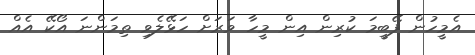
އެމީހުން ފޭބީމަ ކުރިން އިން މީހާ ވަރަށް ހަޅޭލެވި ތިމަންނަ އޯކޭ އެއް